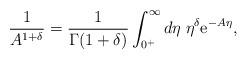
LaTeX: \begin{align*}\frac{1}{A^{1 + \delta}} = \frac{1}{\Gamma (1 + \delta)} \int_{0^+}^{\infty}d\eta \; \eta^{\delta} {\rm e}^{- A \eta},\end{align*}